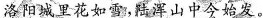
洛阳城里花如雪，陆浑山中今始发。